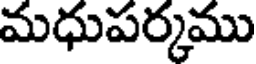
మధుపర్కము